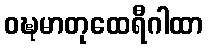
ဝဍ္ဎမာတုထေရီဂါထာ